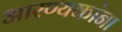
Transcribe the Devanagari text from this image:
आरण्यकांना